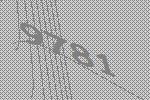
9781